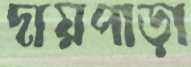
দায়পাড়া